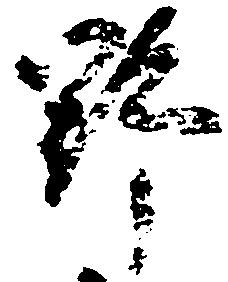
野